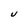
Character: V